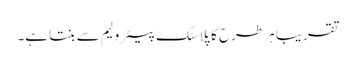
تقریباً ہر طرح کا پلاسٹک پیٹرولیم سے بنتا ہے۔